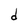
Character: d